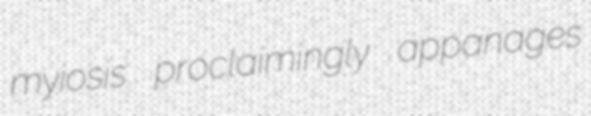
myiosis proclaimingly appanages